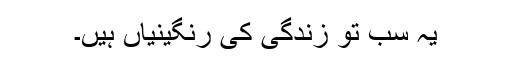
یہ سب تو زندگی کی رنگینیاں ہیں۔